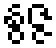
နွဇ္ဇ